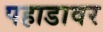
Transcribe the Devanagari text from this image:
पहाडावर